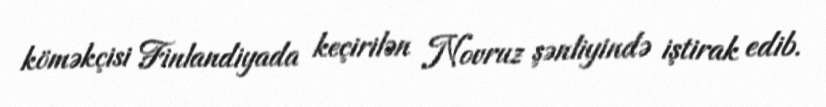
köməkçisi Finlandiyada keçirilən Novruz şənliyində iştirak edib.